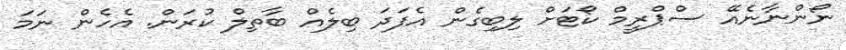
ނޯންނާނެއޭ ސްޕްރީމް ކޯޓަށް ލިބިގެން އެފަދަ ބިލެއް ބާތިލް ކުރަން. އެހެން ނަމަ